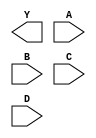
module sky130_fd_sc_hd__nand4 (
    Y,
    A,
    B,
    C,
    D
);

    output Y;
    input  A;
    input  B;
    input  C;
    input  D;

    // Voltage supply signals
    supply1 VPWR;
    supply0 VGND;
    supply1 VPB ;
    supply0 VNB ;

endmodule